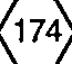
(174)